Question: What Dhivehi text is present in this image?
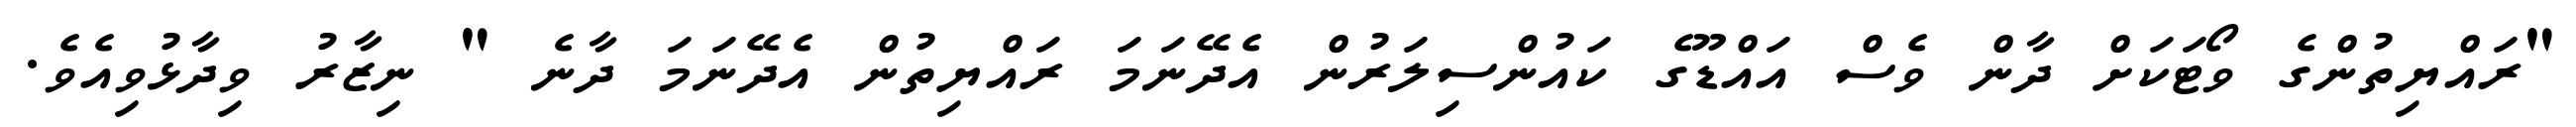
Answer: "ރައްޔިތުންގެ ވޯޓަކަށް ދާން ވެސް އައްޑޫގެ ކައުންސިލަރުން އެދޭނަމަ ރައްޔިތުން އެދޭނަމަ ދާނެ " ނިޒާރު ވިދާޅުވިއެވެ.